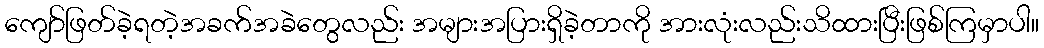
ကျော်ဖြတ်ခဲ့ရတဲ့အခက်အခဲတွေလည်း အများအပြားရှိခဲ့တာကို အားလုံးလည်းသိထားပြီးဖြစ်ကြမှာပါ။